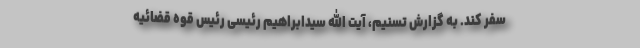
سفر کند. به گزارش تسنیم، آیت الله سیدابراهیم رئیسی رئیس قوه قضائیه